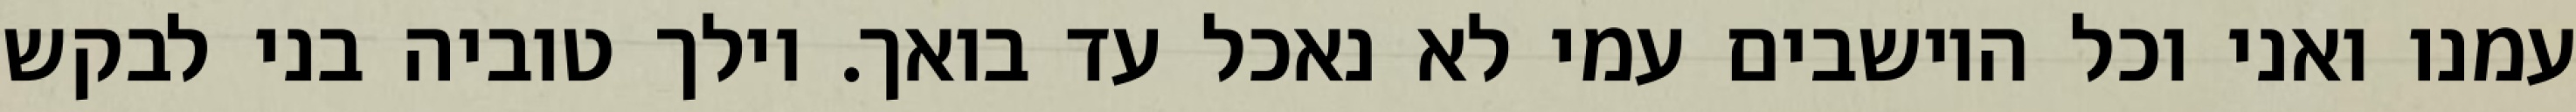
עמנו ואני וכל היושבים עמי לא נאכל עד בואך. וילך טוביה בני לבקש